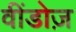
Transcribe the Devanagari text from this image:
वींडोज़